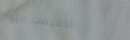
تخفيضات اليوم